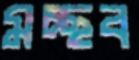
মচ্ছব